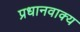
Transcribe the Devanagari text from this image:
प्रधानवाक्य